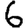
Digit: 6